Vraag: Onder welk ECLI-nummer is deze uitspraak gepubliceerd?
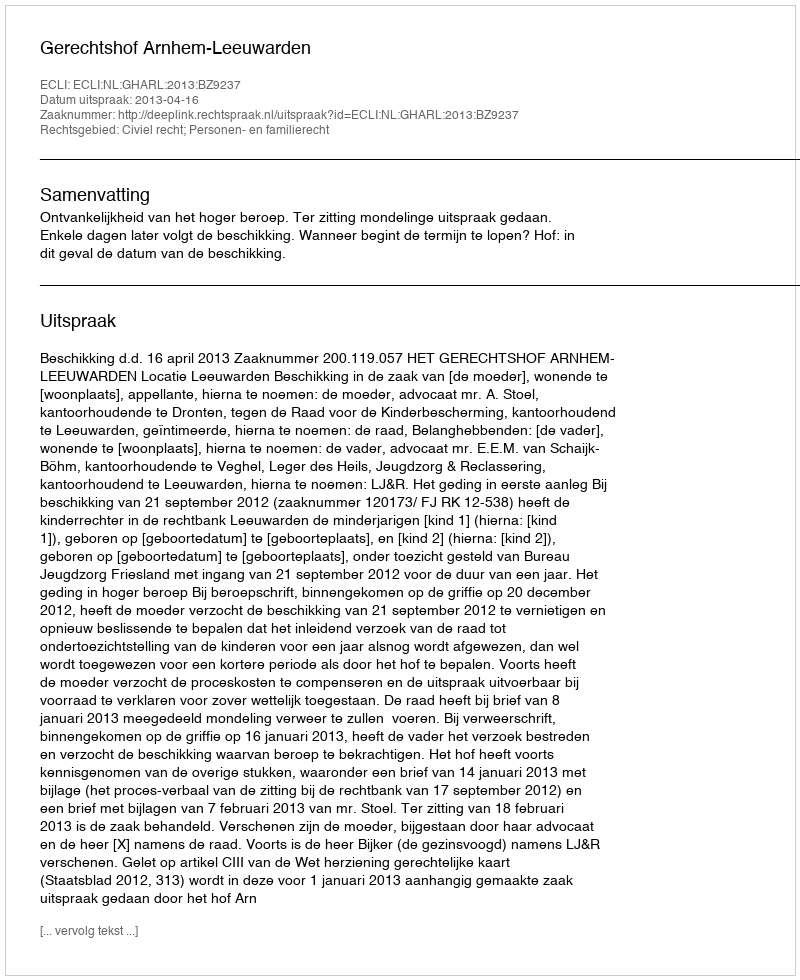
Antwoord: ECLI:NL:GHARL:2013:BZ9237